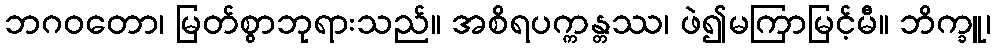
ဘဂဝတော၊ မြတ်စွာဘုရားသည်။ အစိရပက္ကန္တဿ၊ ဖဲ၍မကြာမြင့်မီ။ ဘိက္ခူ၊